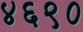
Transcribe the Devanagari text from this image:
४६९०